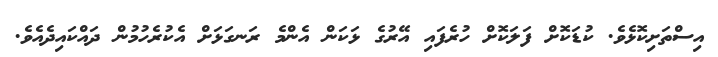
އިސްތަށިކޮޅެވެ. ކުޑަކޮށް ފަލަކޮށް ހުރެފައި އޭރުގެ ޅަކަން އެންމެ ރަނގަޅަށް އެކުރެހުމުން ދައްކައިދެއެވެ.